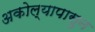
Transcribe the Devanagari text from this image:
अकोल्यापासुन